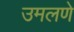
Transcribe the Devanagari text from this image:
उमलणे